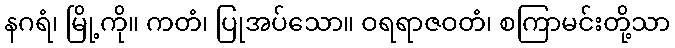
နဂရံ၊ မြို့ကို။ ကတံ၊ ပြုအပ်သော။ ဝရရာဇဝတံ၊ စကြာမင်းတို့သာ